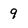
Character: 9